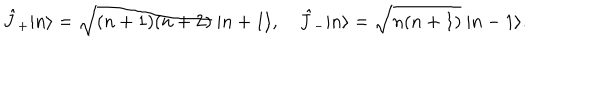
\hat { J } _ { + } | n \rangle = \sqrt { ( n + 1 ) ( n + 2 ) } ~ | n + 1 \rangle , ~ \hat { J } _ { - } | n \rangle = \sqrt { n ( n + 1 ) } ~ | n - 1 \rangle .